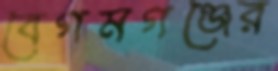
বেগমগঞ্জের